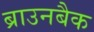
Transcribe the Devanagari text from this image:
ब्राउनबैक